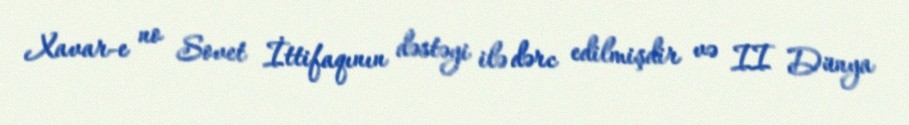
Xavar-e no Sovet İttifaqının dəstəyi ilə dərc edilmişdir və II Dünya